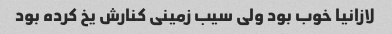
لازانیا خوب بود ولی سیب زمینی کنارش یخ کرده بود